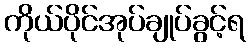
ကိုယ်ပိုင်အုပ်ချုပ်ခွင့်ရ